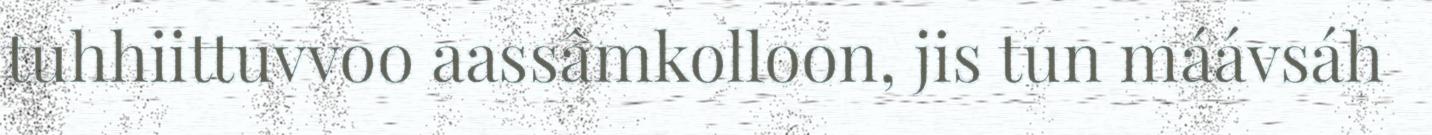
tuhhiittuvvoo aassâmkolloon, jis tun máávsáh